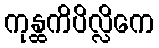
ကုန္ထကိပိလ္လိကေ